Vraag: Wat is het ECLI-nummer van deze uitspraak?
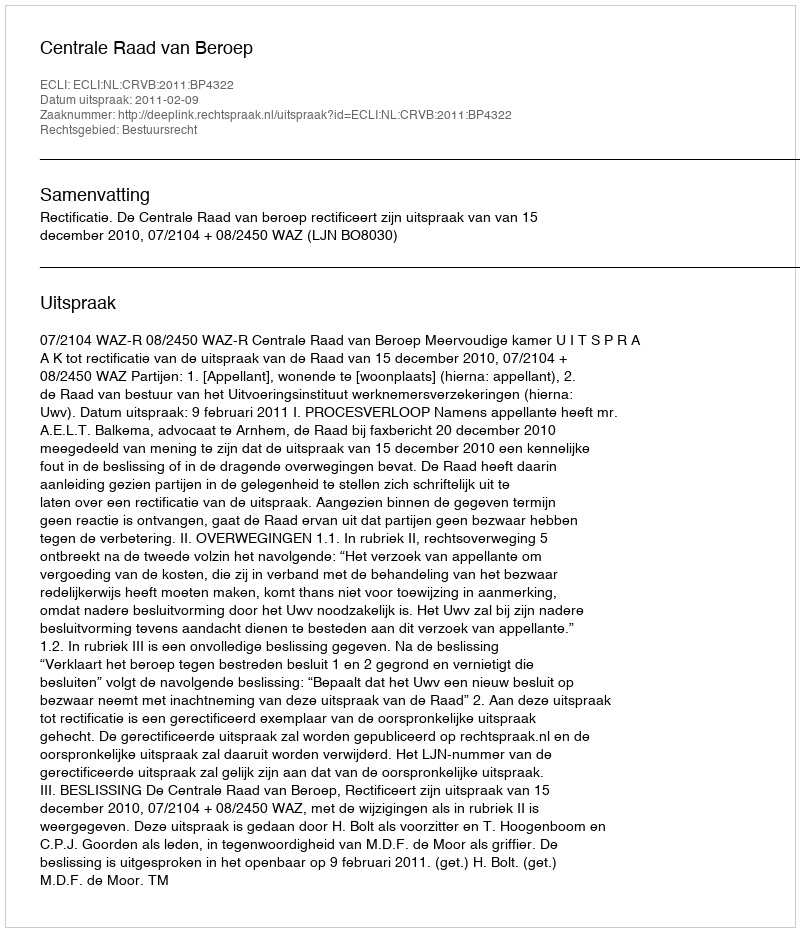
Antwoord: ECLI:NL:CRVB:2011:BP4322